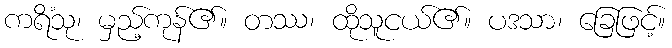
ကရိံသု၊ မှည့်ကုန်၏။ တဿ၊ ထိုသူငယ်၏။ ပဒသာ၊ ခြေဖြင့်။